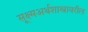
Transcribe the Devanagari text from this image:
सूक्ष्मअर्थशास्त्रावरील